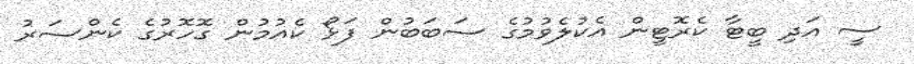
ސީ އަދި ބީޓާ ކެރޮޓީން އެކުލެވުމުގެ ސަބަބުން ފަޅޯ ކެއުމުން ގޮހޮރުގެ ކެންސަރު